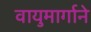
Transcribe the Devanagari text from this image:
वायुमार्गाने